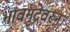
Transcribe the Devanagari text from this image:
भावमुद्रेवरून